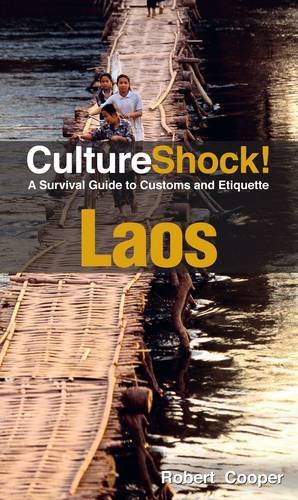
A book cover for CultureShock! Laos: A Survival Guide to Customs and Etiquette (Cultureshock Laos: A Survival Guide to Customs & Etiquette); Robert George Cooper; Travel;